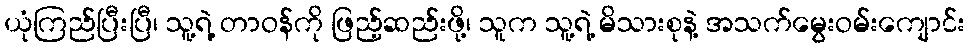
ယုံကြည်ပြီးပြီ၊ သူ့ရဲ့ တာဝန်ကို ဖြည့်ဆည်းဖို့၊ သူက သူ့ရဲ့ မိသားစုနဲ့ အသက်မွေးဝမ်းကျောင်း